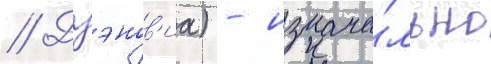
// Дзэнов'иа) - изнача́льно